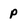
Character: p